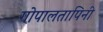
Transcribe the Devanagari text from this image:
गोपालतापिनी